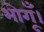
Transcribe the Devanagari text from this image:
भोगूँ।